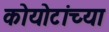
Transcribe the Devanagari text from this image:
कोयोटांच्या